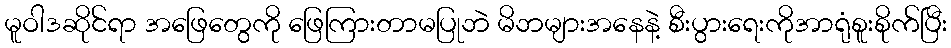
မူဝါဒဆိုင်ရာ အဖြေတွေကို ဖြေကြားတာမပြုဘဲ မိဘများအနေနဲ့ စီးပွားရေးကိုအာရုံစူးစိုက်ပြီး